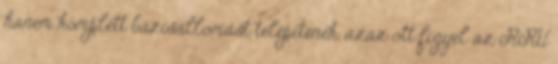
hanem komplett bázisállomást telepítenek, azaz ott figyel az RRU